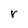
Character: r